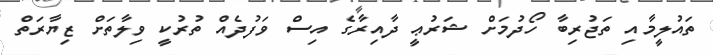
ތައުލީމާއި ތަޖުރިބާ ހޯދުމަށް ޝަރުޢީ ދާއިރާގެ އިސް ވަފުދެއް ތުރުކީ ވިލާތަށް ޒިޔާރަތް